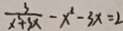
\frac { 3 } { x ^ { 2 } + 3 x } - x ^ { 2 } - 3 x = 2